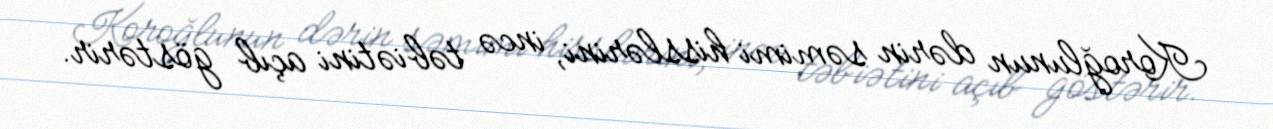
Koroğlunun dərin səmimi hisslərini, incə təbiətini açıb göstərir.